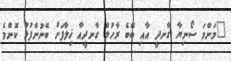
"މަންމަ ސޯނިޔާ ގާނދީ އާއި ބޭބެ ރާހުލް ގާނދީއާ ޚިލާފަށް ބޭނުންފުޅު ކޮންމެ